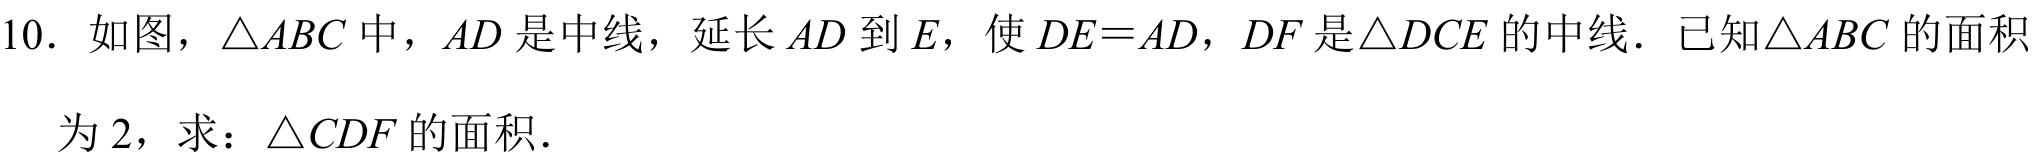
10. 如图，\(\triangle ABC\)中，\(AD\)是中线，延长\(AD\)到\(E\)，使\(DE = AD\)，\(DF\)是\(\triangle DCE\)的中线．已知\(\triangle ABC\)的面积
为\(2\)，求：\(\triangle CDF\)的面积．